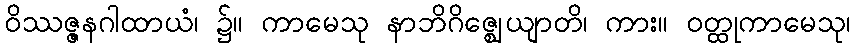
ဝိဿဇ္ဇနဂါထာယံ၊ ၌။ ကာမေသု နာဘိဂိဇ္ဈေယျာတိ၊ ကား။ ဝတ္ထုကာမေသု၊